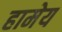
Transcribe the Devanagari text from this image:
हामेय